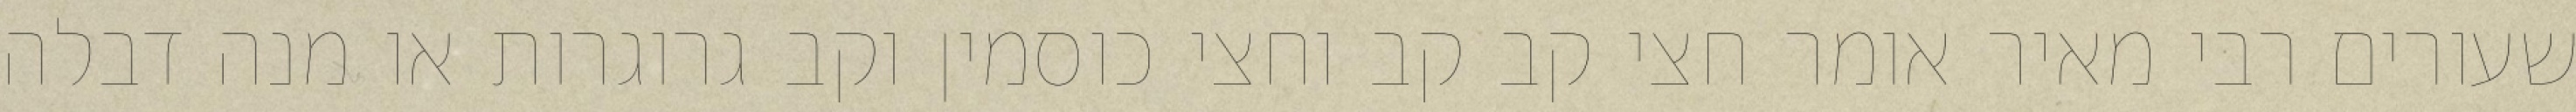
שעורים רבי מאיר אומר חצי קב קב וחצי כוסמין וקב גרוגרות או מנה דבלה